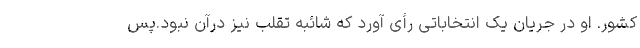
کشور. او در جریان یک انتخاباتی رأی آورد که شائبه تقلب نیز درآن نبود.پس